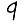
Digit: 9